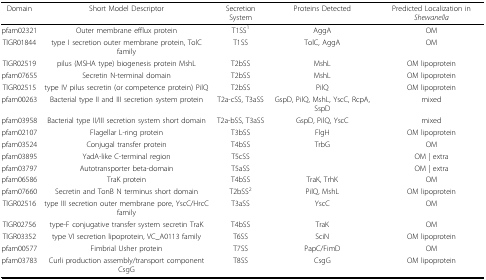
| Domain | Short Model Descriptor | Secretion System | Proteins Detected | Predicted Localization in Shewanella |
 | --- | --- | --- | --- | --- |
 | pfam02321 | Outer membrane efflux protein | T1SS1 | AggA | OM |
 | TIGR01844 | type I secretion outer membrane protein, TolC family | T1SS | TolC, AggA | OM |
 | TIGR02519 | pilus (MSHA type) biogenesis protein MshL | T2bSS | MshL | OM lipoprotein |
 | pfam07655 | Secretin N-terminal domain | T2bSS | MshL | OM lipoprotein |
 | TIGR02515 | type IV pilus secretin (or competence protein) PilQ | T2bSS | PilQ | OM lipoprotein |
 | pfam00263 | Bacterial type II and III secretion system protein | T2a-cSS, T3aSS | GspD, PilQ, MshL, YscC, RcpA, SspD | mixed |
 | pfam03958 | Bacterial type II/III secretion system short domain | T2a-bSS, T3aSS | GspD, PilQ, YscC | mixed |
 | pfam02107 | Flagellar L-ring protein | T3bSS | FlgH | OM lipoprotein |
 | pfam03524 | Conjugal transfer protein | T4bSS | TrbG | OM |
 | pfam03895 | YadA-like C-terminal region | T5cSS |  | OM | extra |
 | pfam03797 | Autotransporter beta-domain | T5aSS |  | OM | extra |
 | pfam06586 | TraK protein | T4bSS | TraK, TrhK | OM |
 | pfam07660 | Secretin and TonB N terminus short domain | T2bSS2 | PilQ, MshL | OM lipoprotein |
 | TIGR02516 | type III secretion outer membrane pore, YscC/HrcC family | T3aSS | YscC | OM |
 | TIGR02756 | type-F conjugative transfer system secretin TraK | T4bSS | TraK | OM |
 | TIGR03352 | type VI secretion lipoprotein, VC_A0113 family | T6SS | SciN | OM lipoprotein |
 | pfam00577 | Fimbrial Usher protein | T7SS | PapC/FimD | OM |
 | pfam03783 | Curli production assembly/transport component CsgG | T8SS | CsgG | OM lipoprotein |